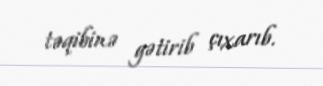
təqibinə gətirib çıxarıb.